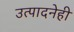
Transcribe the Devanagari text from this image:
उत्पादनेही